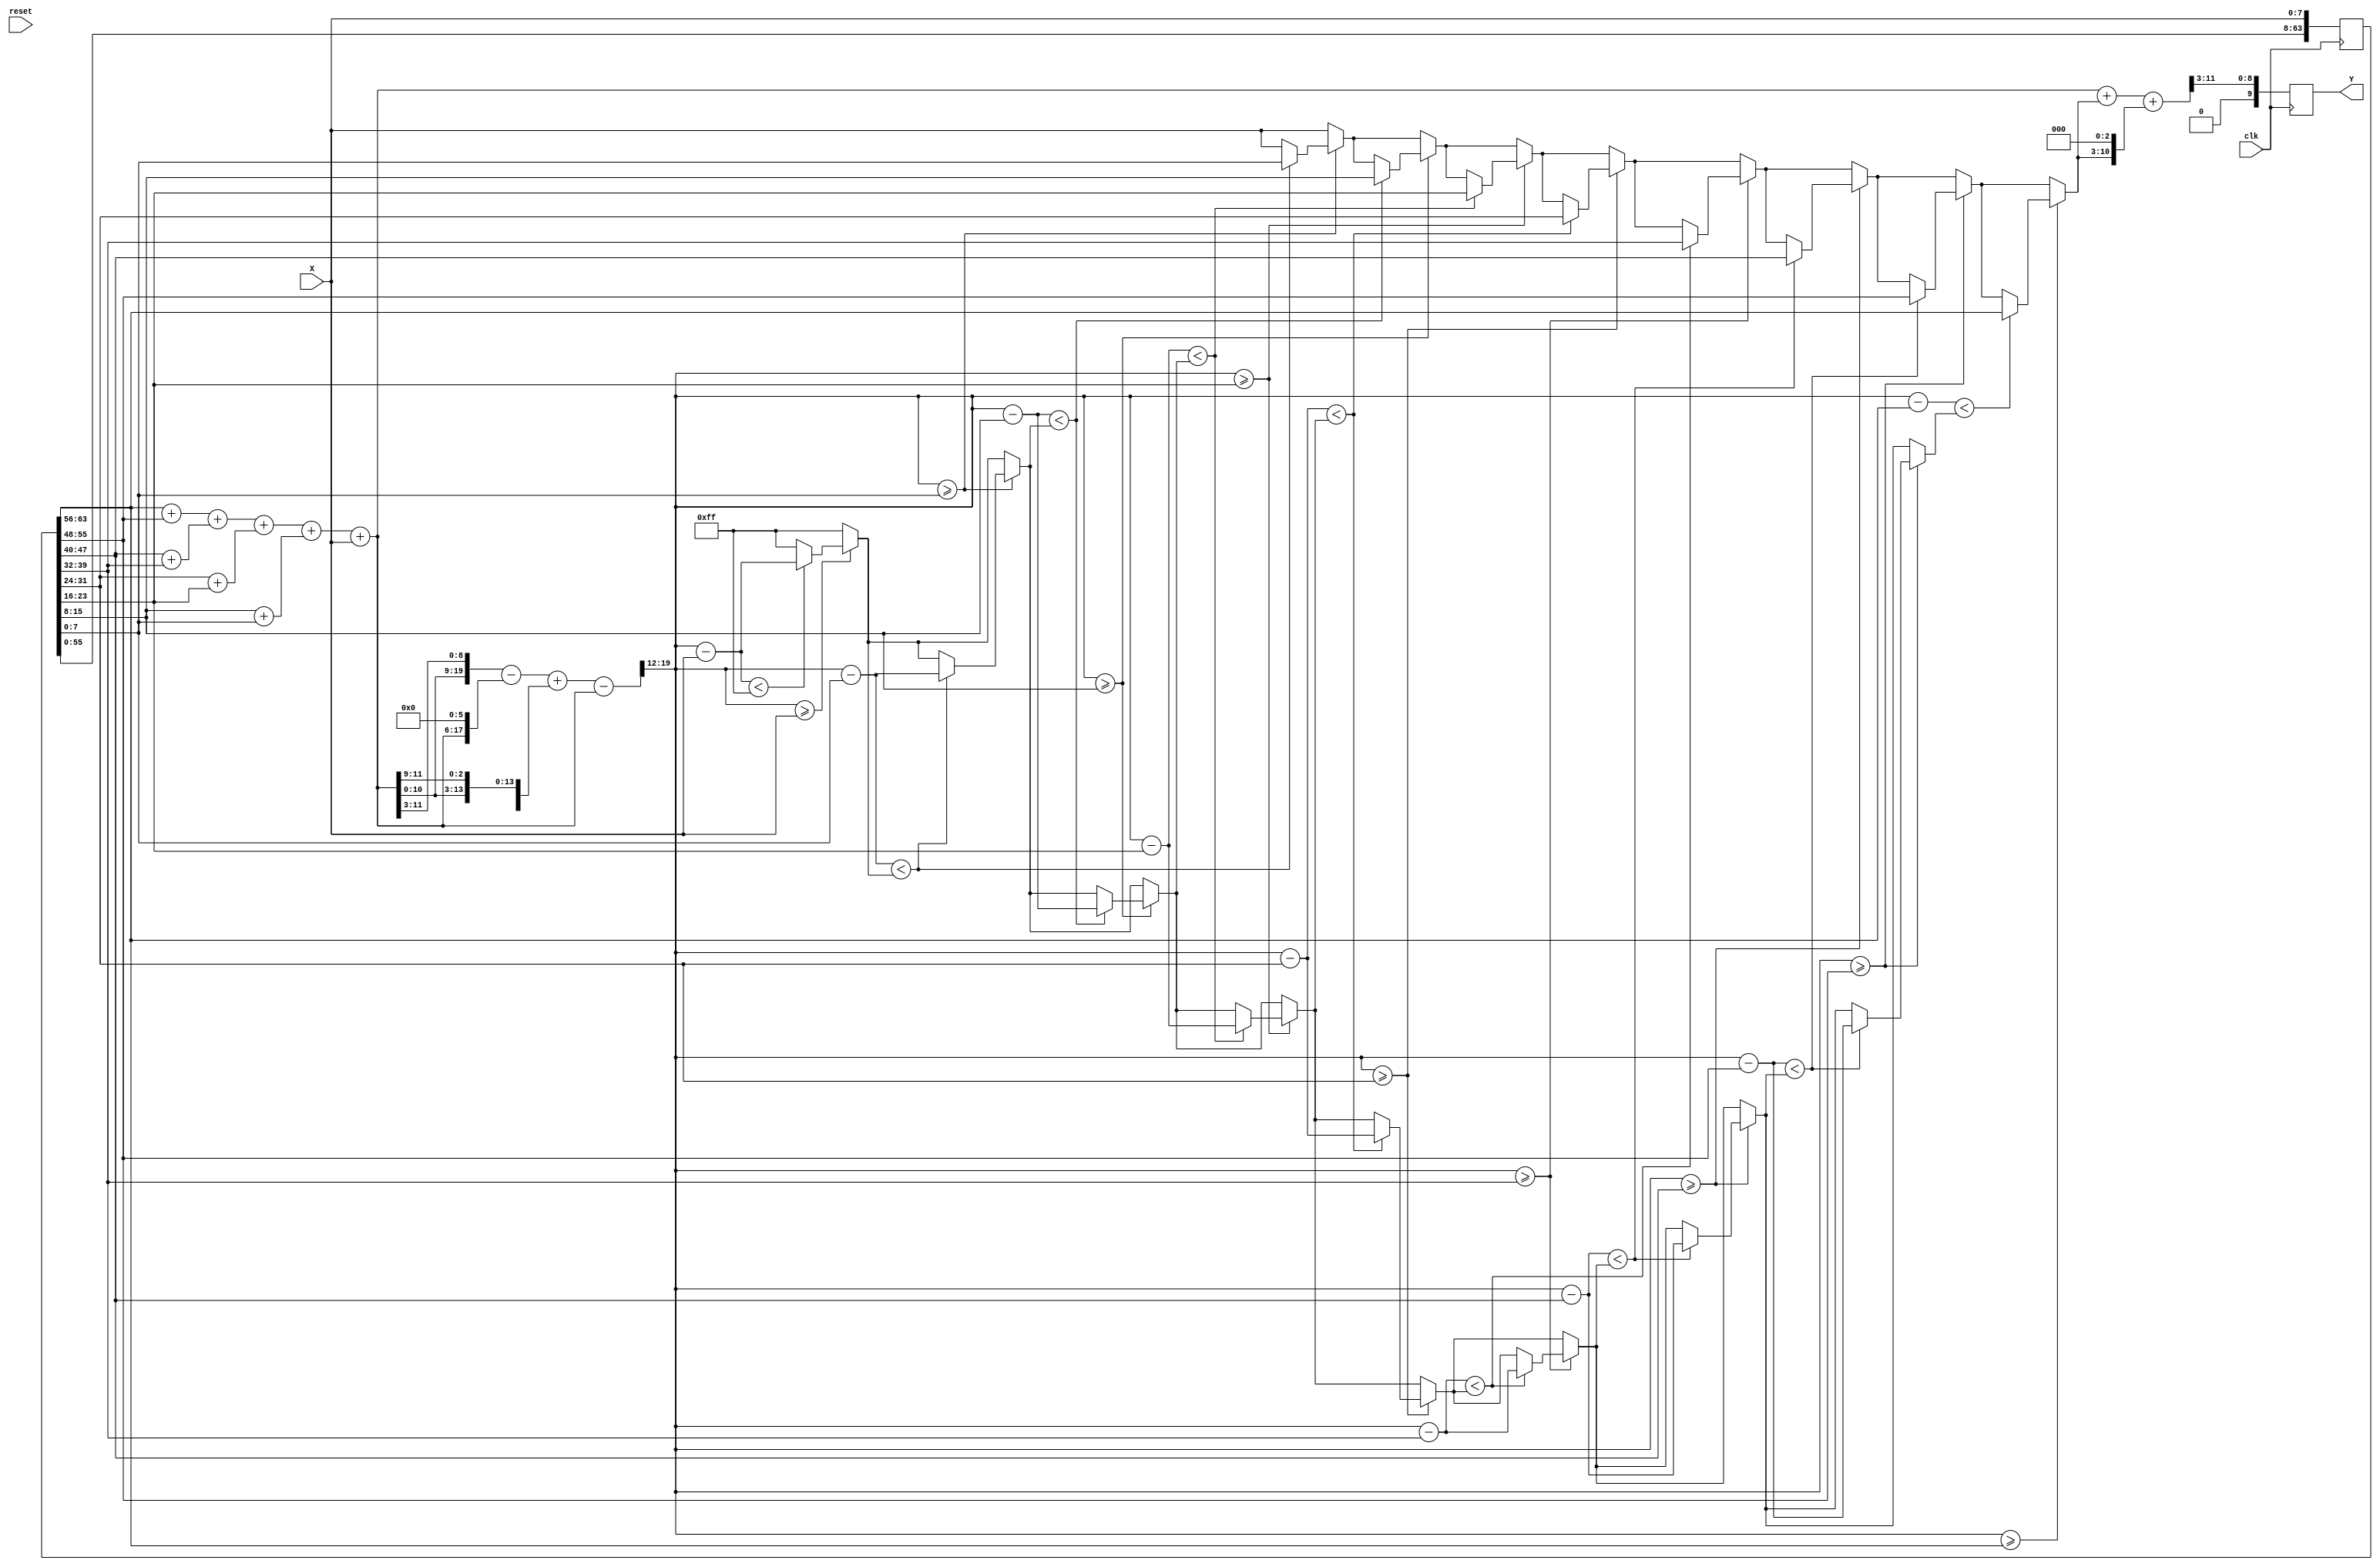
`timescale 1ns/10ps
module CS(Y, X, reset, clk);

input clk, reset; 
input 	[7:0] X;
output 	reg[9:0] Y;
reg [71:0]XS;
reg [11:0]sum;
reg [7:0]xappro;
reg [11:0]tmp;
reg [7:0]xavg;
reg [20:0]tmp_xavg;
reg [7:0]min;
integer i;
always @(posedge clk) begin
  XS = {XS[63:0],X};
	sum = (XS[71:64]+XS[63:56])+(XS[55:48] + XS[47:40])+(XS[39:32] + XS[31:24])+(XS[23:16] + XS[15:8])+ XS[7:0];
	tmp_xavg  = ({sum, sum[11:3]} - {2'b0, sum, 6'b0} + {5'b0, sum, sum[11:9]} - {8'b0, sum});
	
	xavg=tmp_xavg[19:12];
	
	min=8'b11111111;
	xappro=XS[7:0];
	for(i=0;i<9;i=i+1) begin
		if(xavg>=XS[i*8+:8])
		  if(xavg-XS[i*8+:8]<min) begin
		    xappro=XS[i*8+:8];
			  min=xavg-XS[i*8+:8];
		  end
	end
	
	tmp={4'b0,xappro};
	Y=((sum+tmp)+(tmp<<3))>>3;
		
	
end

endmodule